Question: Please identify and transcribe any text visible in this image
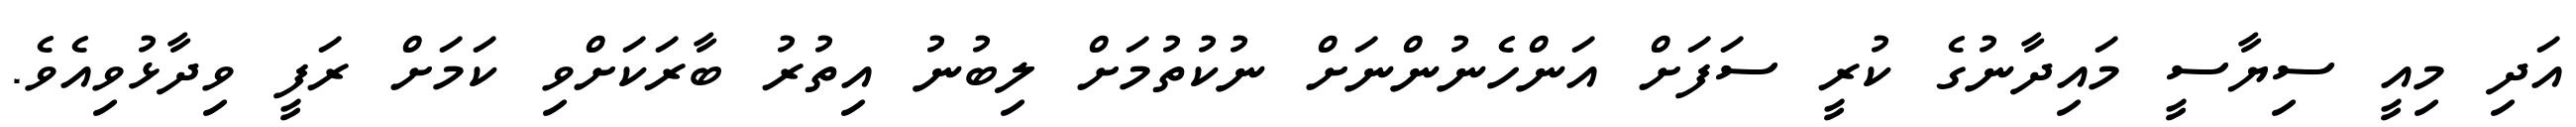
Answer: އަދި މިއީ ސިޔާސީ މައިދާނުގެ ކުރީ ސަފަށް އަންހެނުންނަށް ނުކުތުމަށް ލިބުނު އިތުރު ބާރަކަށްވި ކަމަށް ރަފީ ވިދާޅުވިއެވެ.